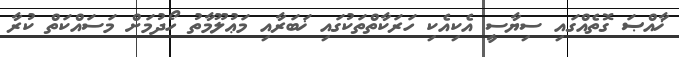
ޚާއްޞަ ގޮތެއްގައި ސިޔާސީ އެކިއެކި ހަރަކާތްތަކުގައި ޚަބަރާއި މަޢުލޫމާތު ހޯދުމަށް މަސައްކަތް ކުރާ